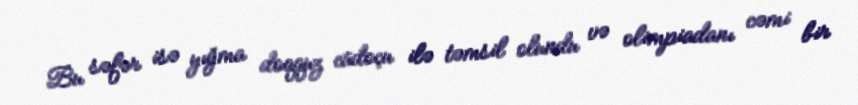
Bu səfər isə yığma doqquz cüdoçu ilə təmsil olundu və olimpiadanı cəmi bir